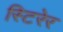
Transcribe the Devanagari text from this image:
स्टिरेर